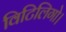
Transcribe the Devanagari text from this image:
विटिलिगो।